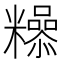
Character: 𮇿